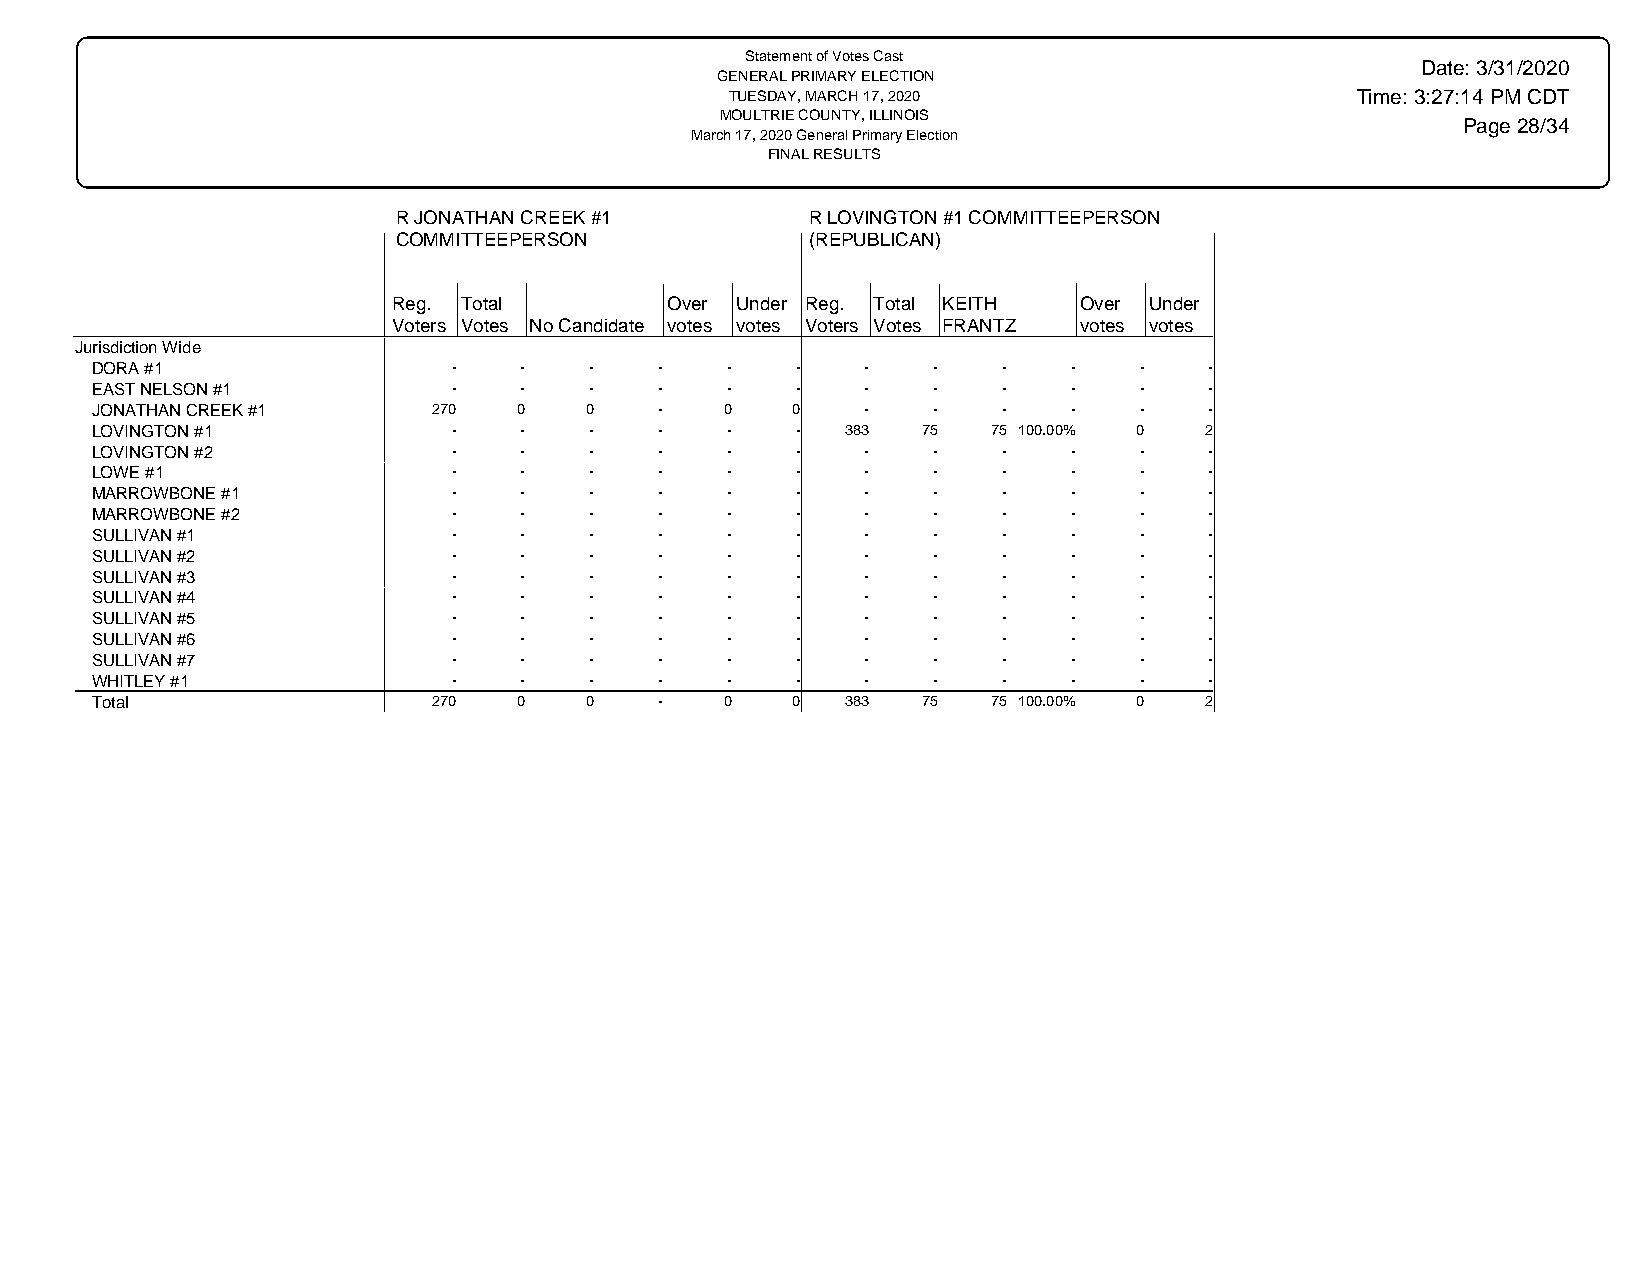
Statement of Votes Cast
 Date: 3/31/2020
 GENERAL PRIMARY ELECTION
 TUESDAY, MARCH 17, 2020                   Time: 3:27:14 PM CDT
 MOULTRIE COUNTY, ILLINOIS
 Page 28/34
 March 17, 2020 General Primary Election
 FINAL RESULTS
 R JONATHAN CREEK #1         R LOVINGTON #1 COMMITTEEPERSON
 COMMITTEEPERSON             (REPUBLICAN)
 Reg. Total        Over Under Reg. Total KEITH Over Under
 Voters Votes No Candidate votes votes Voters Votes FRANTZ votes votes
 Jurisdiction Wide
 DORA #1                 -   -    -    -   -    -   -    -   -    -   -    -
 EAST NELSON #1          -   -    -    -   -    -   -    -   -    -   -    -
 JONATHAN CREEK #1      270  0    0    -   0   0    -    -   -    -   -    -
 LOVINGTON #1            -   -    -    -   -    -  383  75   75 100.00% 0  2
 LOVINGTON #2            -   -    -    -   -    -   -    -   -    -   -    -
 LOWE #1                 -   -    -    -   -    -   -    -   -    -   -    -
 MARROWBONE #1           -   -    -    -   -    -   -    -   -    -   -    -
 MARROWBONE #2           -   -    -    -   -    -   -    -   -    -   -    -
 SULLIVAN #1             -   -    -    -   -    -   -    -   -    -   -    -
 SULLIVAN #2             -   -    -    -   -    -   -    -   -    -   -    -
 SULLIVAN #3             -   -    -    -   -    -   -    -   -    -   -    -
 SULLIVAN #4             -   -    -    -   -    -   -    -   -    -   -    -
 SULLIVAN #5             -   -    -    -   -    -   -    -   -    -   -    -
 SULLIVAN #6             -   -    -    -   -    -   -    -   -    -   -    -
 SULLIVAN #7             -   -    -    -   -    -   -    -   -    -   -    -
 WHITLEY #1              -   -    -    -   -    -   -    -   -    -   -    -
 Total                  270  0    0    -   0   0   383  75   75 100.00% 0  2